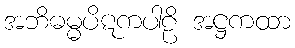
အဘိဓမ္မပိဋကပါဠိ အဋ္ဌကထာ